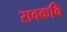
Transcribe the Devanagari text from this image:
रावकवि